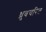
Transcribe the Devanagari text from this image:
ध्रुवचरित